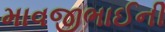
માવજીભાઈની